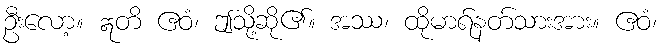
ဦးလော့။ ဣတိ ဧဝံ၊ ဤသို့ဆို၏။ အဿ၊ ထိုမာရ်နတ်သားအား။ ဧဝံ၊